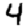
Digit: 4